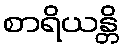
စာရိယန္တိ